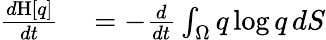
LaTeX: \begin{array}{rl}{\frac{d\mathrm{H}[q]}{dt}}&{{}=-\frac{d}{dt}\int_{\Omega}q\log q\, dS}\end{array}